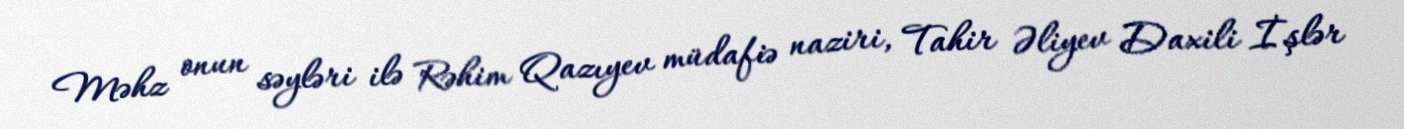
Məhz onun səyləri ilə Rəhim Qazıyev müdafiə naziri, Tahir Əliyev Daxili İşlər